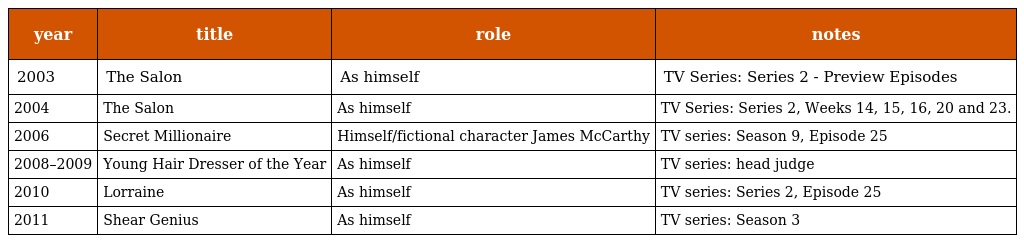
| year | title | role | notes |
 | --- | --- | --- | --- |
 | 2003 | The Salon | As himself | TV Series: Series 2 - Preview Episodes |
 | 2004 | The Salon | As himself | TV Series: Series 2, Weeks 14, 15, 16, 20 and 23. |
 | 2006 | Secret Millionaire | Himself/fictional character James McCarthy | TV series: Season 9, Episode 25 |
 | 2008–2009 | Young Hair Dresser of the Year | As himself | TV series: head judge |
 | 2010 | Lorraine | As himself | TV series: Series 2, Episode 25 |
 | 2011 | Shear Genius | As himself | TV series: Season 3 |